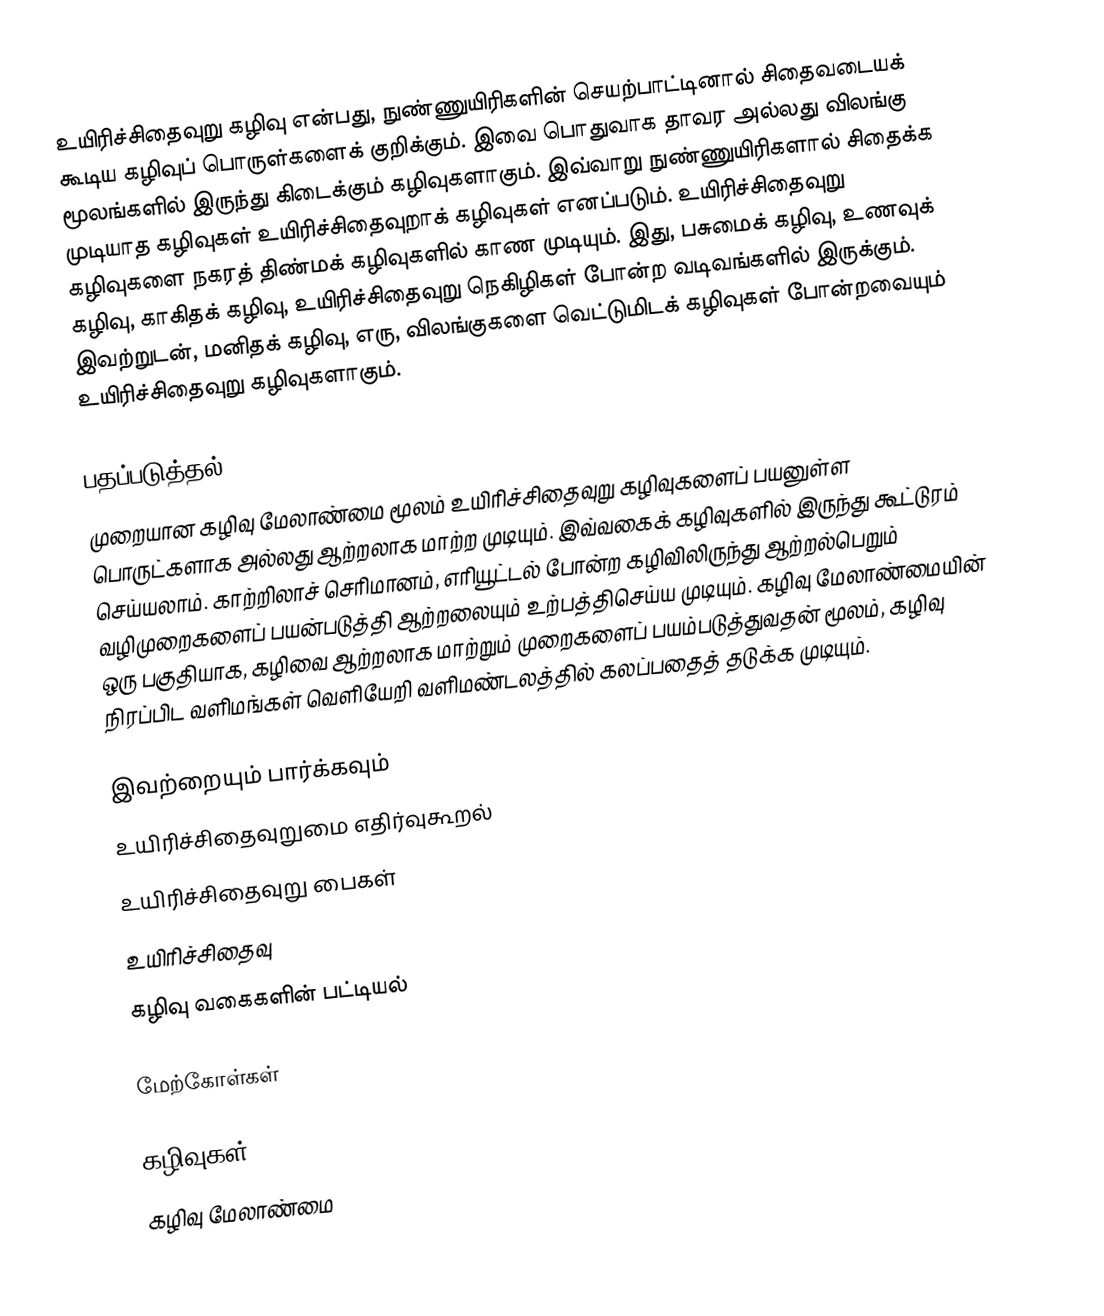
உயிரிச்சிதைவுறு கழிவு என்பது, நுண்ணுயிரிகளின் செயற்பாட்டினால் சிதைவடையக் கூடிய கழிவுப் பொருள்களைக் குறிக்கும். இவை பொதுவாக தாவர அல்லது விலங்கு மூலங்களில் இருந்து கிடைக்கும் கழிவுகளாகும். இவ்வாறு நுண்ணுயிரிகளால் சிதைக்க முடியாத கழிவுகள் உயிரிச்சிதைவுறாக் கழிவுகள் எனப்படும். உயிரிச்சிதைவுறு கழிவுகளை நகரத் திண்மக் கழிவுகளில் காண முடியும். இது, பசுமைக் கழிவு, உணவுக் கழிவு, காகிதக் கழிவு, உயிரிச்சிதைவுறு நெகிழிகள் போன்ற வடிவங்களில் இருக்கும். இவற்றுடன், மனிதக் கழிவு, எரு, விலங்குகளை வெட்டுமிடக் கழிவுகள் போன்றவையும் உயிரிச்சிதைவுறு கழிவுகளாகும்.

பதப்படுத்தல்
முறையான கழிவு மேலாண்மை மூலம் உயிரிச்சிதைவுறு கழிவுகளைப் பயனுள்ள பொருட்களாக அல்லது ஆற்றலாக மாற்ற முடியும். இவ்வகைக் கழிவுகளில் இருந்து கூட்டுரம் செய்யலாம். காற்றிலாச் செரிமானம், எரியூட்டல் போன்ற கழிவிலிருந்து ஆற்றல்பெறும் வழிமுறைகளைப் பயன்படுத்தி ஆற்றலையும் உற்பத்திசெய்ய முடியும். கழிவு மேலாண்மையின் ஒரு பகுதியாக, கழிவை ஆற்றலாக மாற்றும் முறைகளைப் பயம்படுத்துவதன் மூலம், கழிவு நிரப்பிட வளிமங்கள் வெளியேறி வளிமண்டலத்தில் கலப்பதைத் தடுக்க முடியும்.

இவற்றையும் பார்க்கவும்
 உயிரிச்சிதைவுறுமை எதிர்வுகூறல்
 உயிரிச்சிதைவுறு பைகள்
 உயிரிச்சிதைவு
 கழிவு வகைகளின் பட்டியல்

மேற்கோள்கள்

கழிவுகள்
கழிவு மேலாண்மை